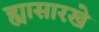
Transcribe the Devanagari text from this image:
ह्यासारखे